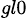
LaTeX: _{gl0}